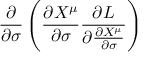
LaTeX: \displaystyle { \frac { \partial } { \partial \sigma } \left( \frac { \partial X ^ { \mu } } { \partial \sigma } \frac { \partial L } { \partial \frac { \partial X ^ { \mu } } { \partial \sigma } } \right) }